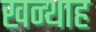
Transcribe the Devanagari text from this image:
खन्‍थाह